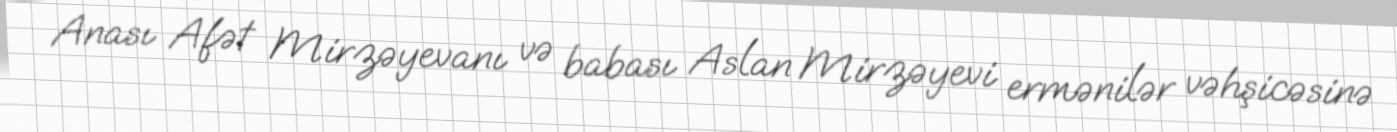
Anası Afət Mirzəyevanı və babası Aslan Mirzəyevi ermənilər vəhşicəsinə